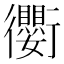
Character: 𫋱